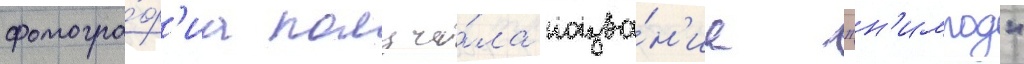
фотогра́ф'иа получи́ла назва́н'ие "н'имрод"